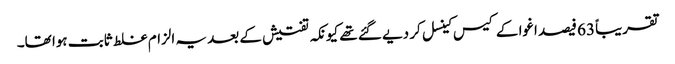
تقریباً 63 فیصد اغوا کے کیس کینسل کر دیے گئے تھے کیونکہ تفتیش کے بعد یہ الزام غلط ثابت ہوا تھا۔